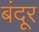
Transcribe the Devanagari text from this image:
बंदूर